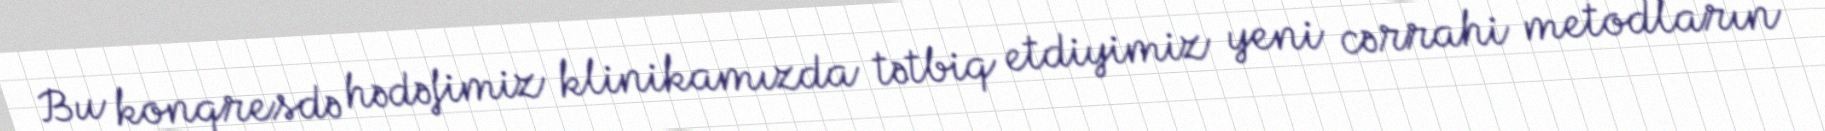
Bu konqresdə hədəfimiz klinikamızda tətbiq etdiyimiz yeni cərrahi metodların